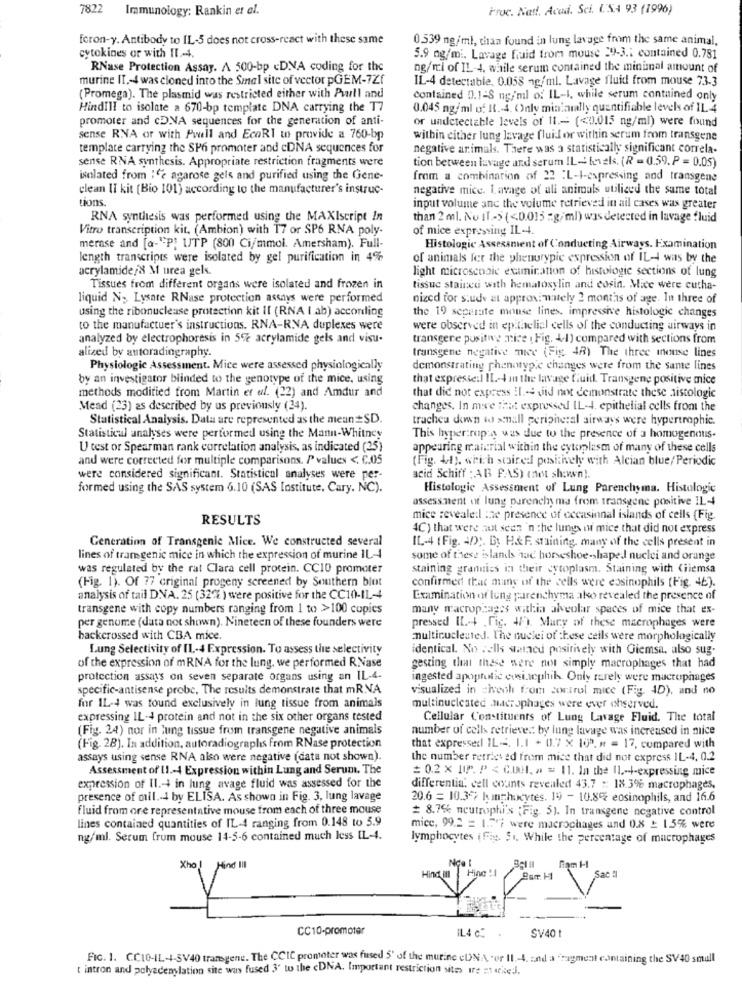
7822
Immunology: Rankin et al.
Fruc. Natt. Acad. Sci. USA 93 (1996)
foron-y. Antibody to IL-5 does not cross-react with these same
0.539 ng/ml, than found in lung lavage from the same animal,
cytokines or with II .- 4.
5.9 ng/mi. Lavage huid from mouse 29-3 .: contained 0.781
RNase Protection Assay. A 500-bp cDNA coding for the
ng/ml of IL-4, while serum contained the minimal amount of
murine II ,- 4 was cloned into the Smal site of vector pGEM-72f
IL-4 detectable, 0.058 -g/ml. Lavage fluid from mouse 73-3
(Promega). The plasmid was restricted either with Pull and
contained 0.1-S ng/ml o. IL-1, while serum contained only
HindIII to isolate a 670-bp template DNA carrying the T7
0.045 ng/ml of It .- 4. Only minimally quantifiable levels of IL 4
promoter and cDNA sequences for the generation of anti-
or undetectable levels of 11 .- (<0.015 ng/ml) were found
sense RNA or with Pwell and EcoRI un provide a 760-bp
within either lung lavage fluid or within serum from transgene
template carrying the SP6 promoter and cDNA sequences for
negative animals. There was a statistically significant correla-
sense RNA synthesis. Appropriate restriction fragments were
tion between lavage and serum IL- levels. (R = 0.59. P = 0.05)
isolated from : "e agarose gels and purified using the Gene-
from a combination of 22 :L-I-expressing and transgene
clean II kit (Bio 101) according to the manufacturer's instruc-
negative mice. Lavage of all animals utiliced the same total
tions.
input volume and the volume retrieved in all cases was greater
RNA synthesis was performed using the MAXIscript In
than 2 ml. No IT .- > (<0.015 g/ml) was detected in lavage fluid
Vitro transcription kit, (Ambion) with T7 or SP6 RNA poly-
of mice expressing IL-4.
merase and [a-"P] UTP (800 Ci/mmol. Amersham). Full-
Histologic Assessment of Conducting Airways. Examination
length transcripts were isolated by gel purification in 4%
of animals fer the phenurypie expression of IL-4 was by the
acrylamide/8 M urea gels.
light microscopic examination of histologic sections of lung
Tissues from different organs were isolated and frozen in
tissue stained with hematoxylin and eosin. Mice were cucha-
liquid N; Lysate RNase protection assays were performed
nizcd for study at approximately 2 months of age. In three of
using the ribonuclease protection kit Il (RNA ( ab) according
the 19 separate mouse lines, impressive histologic changes
to the manufactuer's instructions. RNA-RNA duplexes were
were observed in epithelial cells of the conducting airways in
analyzed by electrophoresis in 5% acrylamide gels and visu-
transgere positive nice ( Fig. 4/1) compared with sections from
alized by autoradiography.
transgene negative nice (Fig. 48) The three mnouse lines
Physiologic Assessment. Mice were assessed physiologically
demonstrating phenotypic changes were from the same lines
by an investigator blinded to the genotype of the mice, using
that expresse:l IL-4 in the lavage fluid. Transgene positive mice
methods modified from Martin et al. (22) and Amdur and
that did not express IL -4 did not demonstrate these histologic
Mead (23) as described by us previously (34).
changes. In meve that expressed IL-4. epithelial cells from the
Statistical Analysis. Data are represented as the meun =SD.
trachea down wo xenall peripheral airways were hypertrophic.
Statistical analyses were performed using the Mann-Whitney
This hyper:ropa was due to the presence of a homogenous.
U test or Spearman rank correlation analysis, as indicated (25)
appearing material within the cytoplasm of many of these cells
and were corrected for multiple comparisons. P values <. C.05
(Fig. 4.1), which stairedd positively with Alcian blue/Periodic
were considered significant. Statistical analyses were per-
acid Schiff : AB PAS) (not shown).
formed using the SAS system 6.10 (SAS Institute, Cary. NC).
Histologic Assessment of Lung Parenchyma. Histologic
assessment ot lung parenchyma from transgene positive IL-4
RESULTS
mice revealed the presence of occasional islands of cells (Fig.
4C) that were not seen'n the lungs in mice that did not express
Generation of Transgenic Mice. We constructed several
IL-4 ( Fig. 4D). By H&F. staining, many of the cells present in
lines of trans genic mice in which the expression of murine IL-4
some of these islands had horseshoe-shaped nuclei and orange
was regulated by the rat Clara cell protein. CCIO promoter
staining grannies in their cytoplasm. Staining with Ciiemsa
(Fig. 1). Of 77 original progeny screened by Southern blot
confirmed that many of the cells were eosinophils (Fig. 46).
analysis of tail DNA. 25 (32% ) were positive for the CC10-IL-4
Examination of leng parenchyma alo revealed the presence of
transgene with copy numbers ranging from 1 to >100 copies
many macrophages withia alveolar spaces of mice that ex-
per genome (data not shown). Nineteen of these founders were
pressed IL .- + .Tic. 4). Many of these macrophages were
backcrossed with CBA mice.
multicucleated. The nuclei of these ceils were morphologically
Lung Selectivity of IL-4 Expression. To assess the selectivity
identical. No sells waracu positively with Giemsa. also sug.
of the expression of mRNA for the lung, we performed RNase
geszing that these were not simply macrophages that had
protection assays on seven separate organs using an IL-4.
ingested apoptotic evsiacphil. Only rarely were macrophages
specific-antisense probe. The results demonstrate that mR.NA
visualized in =ivech from control mice (Fig. 4D), and no
for IL-4 was found exclusively in lung tissue from animals
multinucleated .Macrophages were ever observed.
expressing IL-4 protein and not in the six other organs tested
Cellular Constituents of Lung Lavage Fluid. The total
(Fig. 24) nor in lung tissue from transgene negative animals
number of cells retrieve .: by lung lavage was increased in mice
(Fig. 2B). In addition, autoradiographs from RNase protection
that expressed IL -4. 1.1 + 0.7 x 103. * = 17, compared with
assays using sense RNA also were negative (data not shown).
the number retrieved from mice that did not express IL-4. 0.2
Assessment of 11 .- 4 Expression within Lung and Serum. The
= 0.2 × 1(P. P < C.UHl, a = 11. In the IL -- expressing mice
expression of Il .- + in lung avage fluid was assessed for the
differentia. cell counts revealed 43.7 :: 18.3% macrophages,
presence of mil .- 4 by ELISA. As shown in Fig. 3, lung lavage
20.6 = 10.37 kunphocytes. 19 - 10.8% eosinophils, and 16.6
fluid from ore representative mouse from each of three mouse
# 8.7% neutrophi's ; Fig. 5). In transgene negative control
lines contained quantities of IL-4 ranging from 0.148 to 5.9
mice, 99.2 = 1.747 were macrophages and 0.8 ₺ 1.5% were
ng/ml. Serum frum mouse 14-5-6 contained much less IL-4.
lymphocytes ( Fig. SI. While the percentage of macrophages
CC10-promoter
SV40 t
IL4 c .
FIG. 1. CCIO-IL-4-5V40 transgene. The CCIC promoter was fused 5' of the murine eUNA er Il .- 4. and a figment containing the SV40 small
t intron and polyadenylation site was fused 3' to the <DNA. Important restriction sites ire merkej.